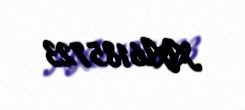
AA6185723